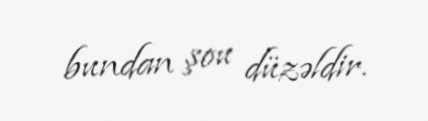
bundan şou düzəldir.